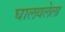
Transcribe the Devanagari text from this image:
घालवलेला